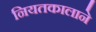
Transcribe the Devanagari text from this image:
नियतकालाने